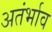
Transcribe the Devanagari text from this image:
अतंर्भाव